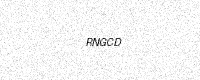
Text: RNGCD